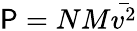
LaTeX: \mathsf{P}=NM{\bar{{v^{2}}}}